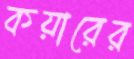
কয়ারের